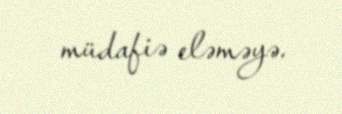
müdafiə eləməyə.